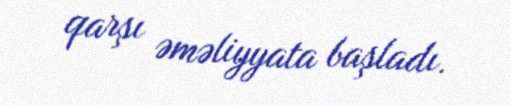
qarşı əməliyyata başladı.